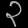
Digit: ၃